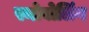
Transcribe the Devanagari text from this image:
स्नोबोलिंग